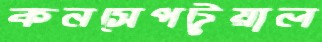
কনসেপটুয়াল